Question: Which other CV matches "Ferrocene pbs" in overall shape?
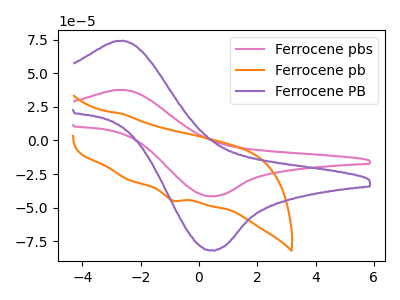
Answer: <think>The pink curve "Ferrocene pbs" has an anodic peak at (-2.75V, 37.55uA) and a cathodic peak at (0.45V, -41.40uA). The orange curve "Ferrocene pb" has a cathodic peak at: (-0.90V, -44.70uA). The purple curve "Ferrocene PB" has an anodic peak at (-2.75V, 74.00uA) and a cathodic peak at (0.45V, -81.65uA).
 "Ferrocene pbs" and "Ferrocene pb" have a different number of peaks. All the peaks in "Ferrocene pbs" have a peak in "Ferrocene PB" at the same potential. Every peak in "Ferrocene pbs" is lower than every peak in "Ferrocene PB". "Ferrocene pb" and "Ferrocene PB" have a different number of peaks.</think>
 <answer>The CV with the most similar shape to "Ferrocene PB" is "Ferrocene pbs".</answer>
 <eval>"Ferrocene pbs"</eval>